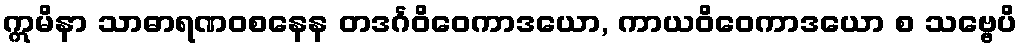
ဣမိနာ သာဓာရဏဝစနေန တဒင်္ဂဝိဝေကာဒယော, ကာယဝိဝေကာဒယော စ သဗ္ဗေပိ